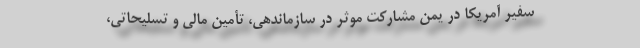
سفیر آمریکا در یمن مشارکت موثر در سازماندهی، تأمین مالی و تسلیحاتی،